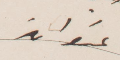
عنوان